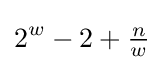
2^{w}-2+{\tfrac {n}{w}}